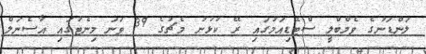
ލަންޑަނުގެ ވެމްބްލީ ސްޓޭޑިއަމުގައި ރޭ ކުޅުނު މެޗުގެ 39 ވަނަ މިނެޓުގައި އާސެނަލް